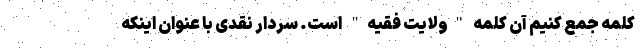
کلمه جمع کنیم آن کلمه "ولایت فقیه" است. سردار نقدی با عنوان اینکه